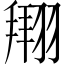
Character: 𫅫